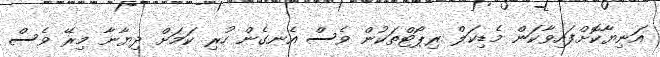
އަނިޔާކޮށްފައިވާކަން މެޑިކަލް ރިޕޯޓްތަކުން ވެސް އެނގެން ހުރި ކަމަށް ދިޔާނާ މިރޭ ވެސް